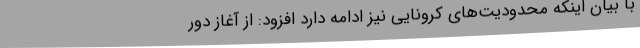
با بیان اینکه محدودیت‌های کرونایی نیز ادامه دارد افزود: از آغاز دور